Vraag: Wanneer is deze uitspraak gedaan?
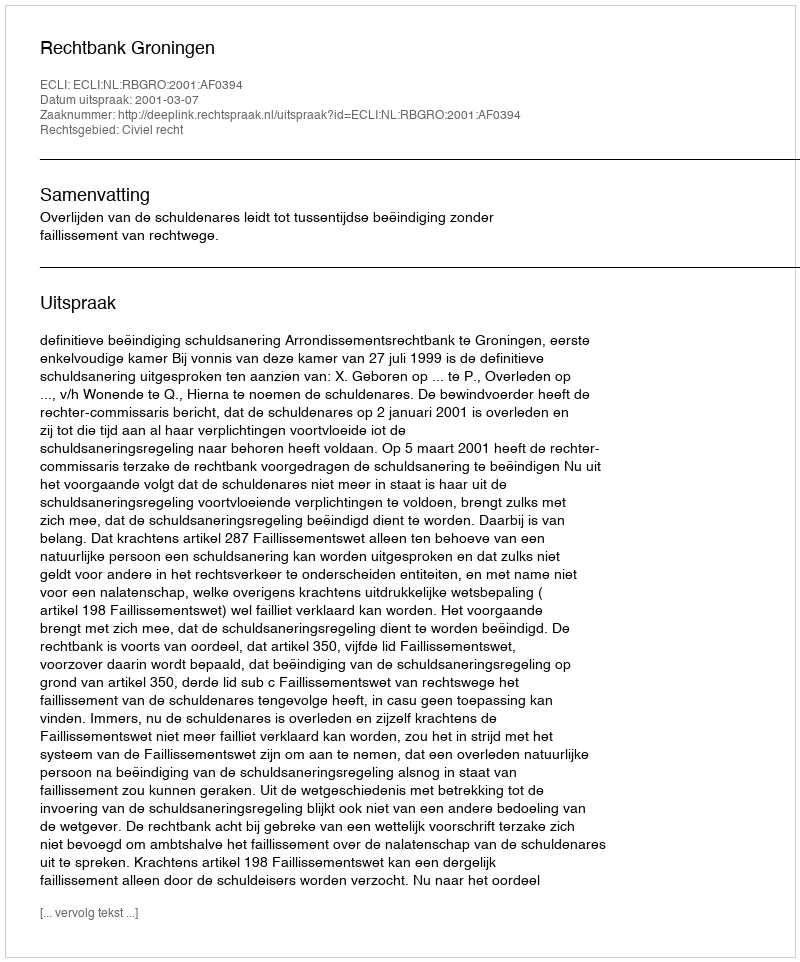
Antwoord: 2001-03-07